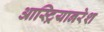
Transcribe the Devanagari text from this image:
आस्ट्रियानरेश